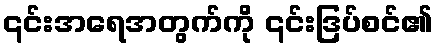
၎င်းအရေအတွက်ကို ၎င်းဒြပ်စင်၏